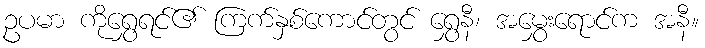
ဥပမာ ကိုရွှေရင်၏ ကြက်နှစ်ကောင်တွင် ရွှေနီ၊ အမွှေးရောင်က အနီ။